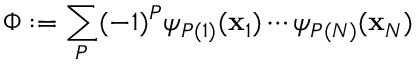
\Phi : = \sum _ { P } ( - 1 ) ^ { P } \psi _ { P ( 1 ) } ( \mathbf { x } _ { 1 } ) \cdots \psi _ { P ( N ) } ( \mathbf { x } _ { N } )